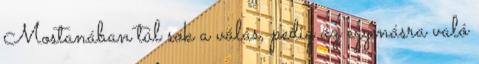
Mostanában túl sok a válás, pedig az egymásra való